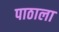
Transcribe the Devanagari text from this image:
पाठाला